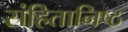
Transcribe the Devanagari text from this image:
संहितानिष्ठ